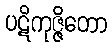
ပဋိကုဇ္ဇိတော